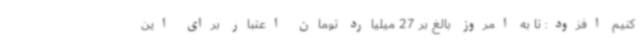
کنیم افزود: تا به امروز بالغ بر 27 میلیارد تومان اعتبار برای این